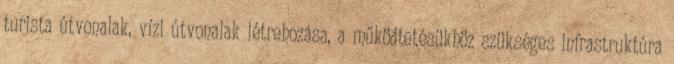
turista útvonalak, vízi útvonalak létrehozása, a működtetésükhöz szükséges infrastruktúra